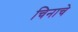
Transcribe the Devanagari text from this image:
चिनाचे